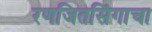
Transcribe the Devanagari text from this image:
रणजितसिंगाचा